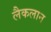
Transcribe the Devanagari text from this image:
लैकलान